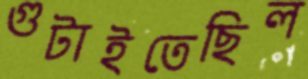
গুটাইতেছিল